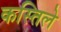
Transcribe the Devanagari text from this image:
कस्तिले